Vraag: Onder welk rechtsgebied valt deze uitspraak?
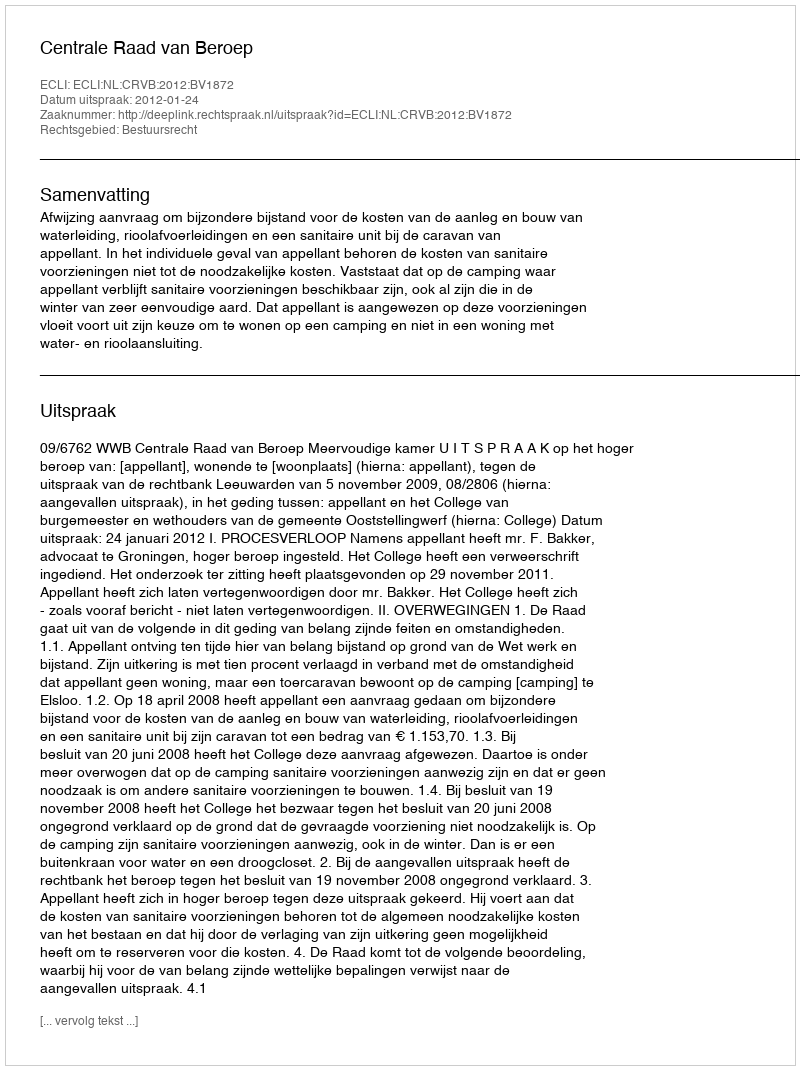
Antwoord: Bestuursrecht